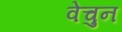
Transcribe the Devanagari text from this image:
वेचुन